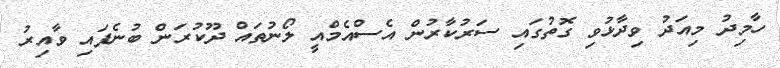
ހާމިދު މިއަދު ވިދާޅުވި ގޮތުގައި ސަރުކާރުން އެސްއެމްއީ ލޯނުތައް ދޫކުރަން ބުނެފައި ވާއިރު